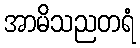
အာမိသညတရံ